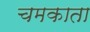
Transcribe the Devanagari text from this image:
चमकाता